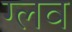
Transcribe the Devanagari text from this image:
ग्लव